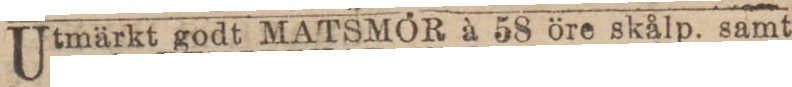
Utmärkt godt MATSMOR à 58 öre skålp. samt